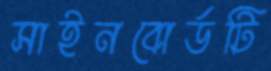
সাইনবোর্ডটি